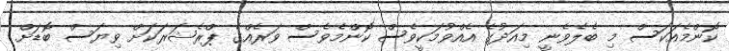
ކޮންމެއަކަސް މި ބެލެވެނީ މިއަދުގެ އެއްވުމަކީވެސް ކޮންމެވެސް ވަރެއްގެ ޕްރެޝަރަކަށް ވިޔަސް ބޮޑަށް